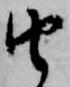
由